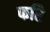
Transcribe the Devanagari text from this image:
फरि